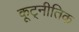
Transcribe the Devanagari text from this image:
कूट्नीतिक